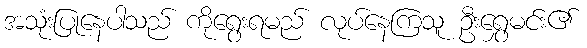
အသုံးပြုနေပါသည် ကိုရွေးရမည် လုပ်နေကြသူ ဦးရွှေမင်း၏